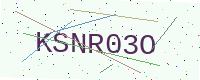
Text: KSNR03O